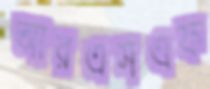
আরএসএফ